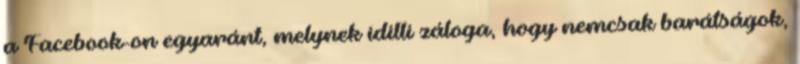
a Facebook-on egyaránt, melynek idilli záloga, hogy nemcsak barátságok,